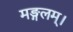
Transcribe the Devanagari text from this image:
मङ्गलम्।